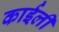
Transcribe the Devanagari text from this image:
काईली